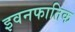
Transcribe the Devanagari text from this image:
इवनफातिक